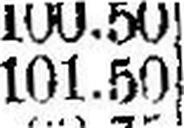
101.50